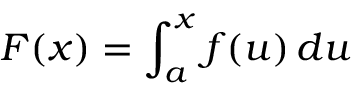
F ( x ) = \int _ { a } ^ { x } f ( u ) \, d u